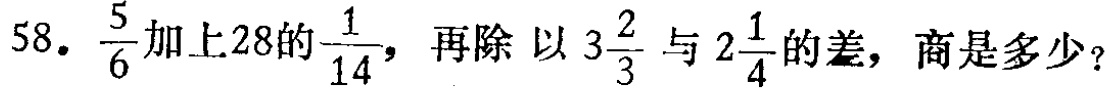
58. $\frac{5}{6}$加上28的$\frac{1}{14}$，再除 以$3\frac{2}{3}$与$2\frac{1}{4}$的差，商是多少？